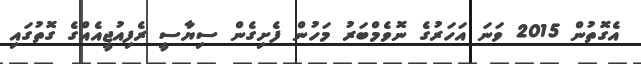
އެގޮތުން 2015 ވަނަ އަހަރުގެ ނޮވެމްބަރު މަހުން ފެށިގެން ސިޔާސީ ރެފިއުޖީއެއްގެ ގޮތުގައި